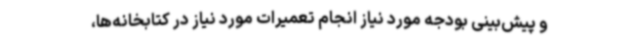
و پیش‌بینی بودجه مورد نیاز انجام تعمیرات مورد نیاز در کتابخانه‌ها،